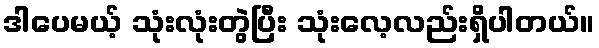
ဒါပေမယ့် သုံးလုံးတွဲပြီး သုံးလေ့လည်းရှိပါတယ်။